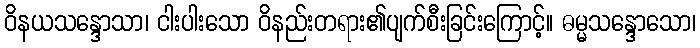
ဝိနယသန္ဒောသာ၊ ငါးပါးသော ဝိနည်းတရား၏ပျက်စီးခြင်းကြောင့်။ ဓမ္မသန္ဒောသော၊